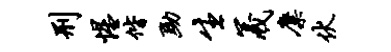
刑惺偕黝生羲麋伏